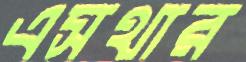
এসথার